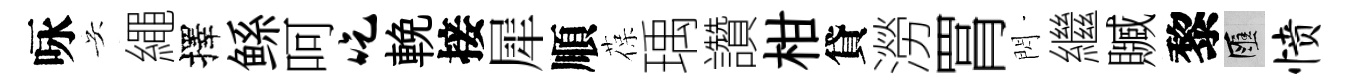
咏吴繩擇鲧呵吃輓接犀順葆瑀讚柑貸澇罥閃繼贓黎匯愤